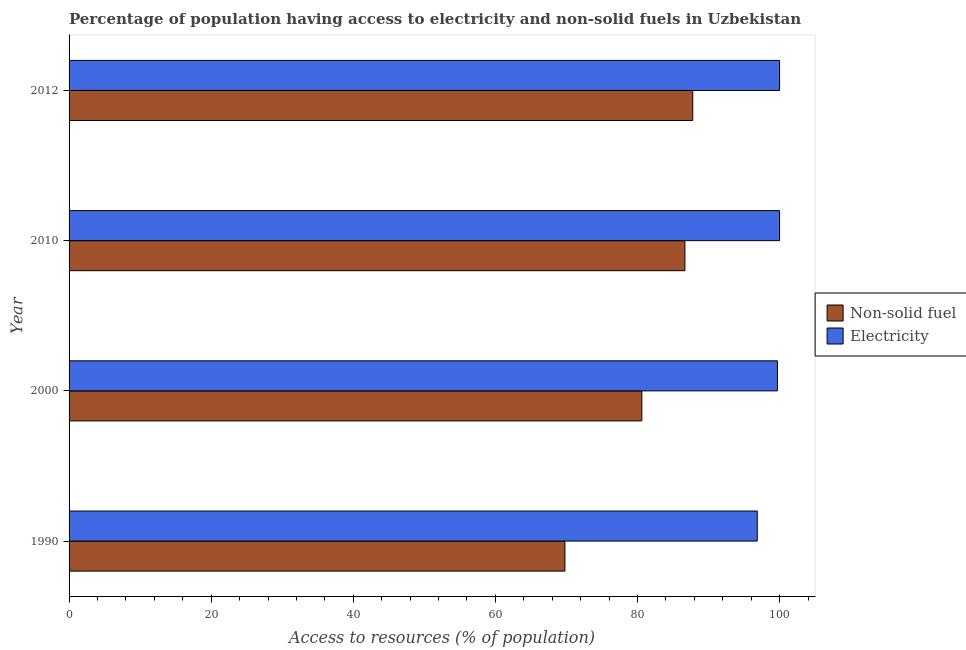
| Year | Non-solid fuel | Electricity |
 | --- | --- | --- |
 | 1990 | 69.8 | 96.9 |
 | 2000 | 80.6 | 99.7 |
 | 2010 | 86.7 | 100 |
 | 2012 | 87.8 | 100 |